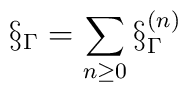
\S_\Gamma = \sum_{n\ge 0} \S_\Gamma^{(n)}